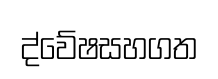
ද්වේෂසහගත